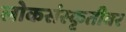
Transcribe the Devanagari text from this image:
लोकसंस्कृतीवर